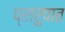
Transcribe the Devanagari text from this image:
प्रारुपात